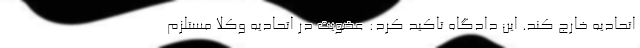
اتحادیه خارج کند. این دادگاه تاکید کرد: عضویت در اتحادیه وکلا مستلزم